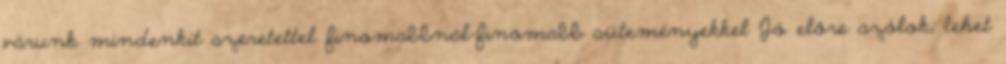
várunk mindenkit szeretettel finomabbnál-finomabb süteményekkel Jó előre szólok, lehet